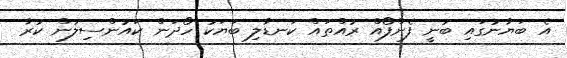
އެ ބަޔާނުގައި ބުނީ ފެންފޯއް ރުއްތައް ކަނޑާލި ބަޔަކު ހޯދަން ކައުންސިލުން ކުރާ